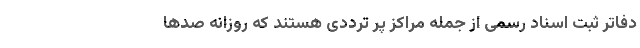
دفاتر ثبت اسناد رسمی از جمله مراکز پر ترددی هستند که روزانه صد‌ها